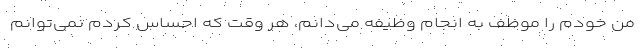
من خودم را موظف به انجام وظیفه می‌دانم، هر وقت که احساس کردم نمی‌توانم